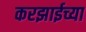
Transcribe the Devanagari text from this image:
करझाईच्या